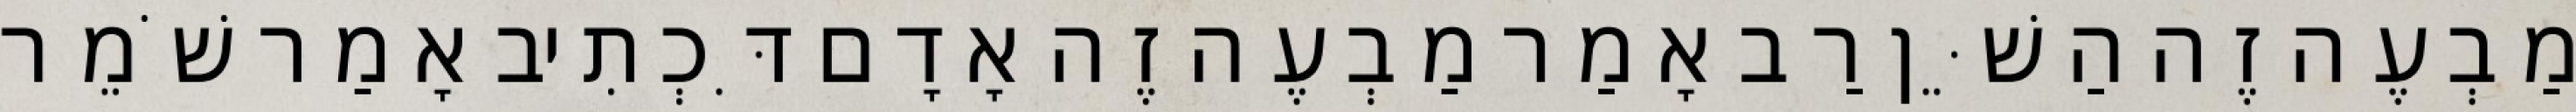
מַבְעֶה זֶה הַשֵּׁן רַב אָמַר מַבְעֶה זֶה אָדָם דִּכְתִיב אָמַר שֹׁמֵר